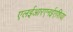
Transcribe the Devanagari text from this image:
एलईआरएनईएशिया